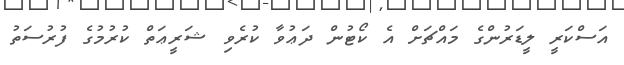
އަސްކަރީ ލީޑަރުންގެ މައްޗަށް އެ ކޯޓުން ދަޢުވާ ކުރެވި ޝަރީޢަތް ކުރުމުގެ ފުރުސަތު